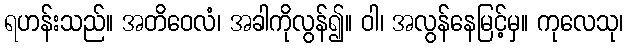
ရဟန်းသည်။ အတိဝေလံ၊ အခါကိုလွန်၍။ ဝါ၊ အလွန်နေမြင့်မှ။ ကုလေသု၊